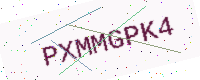
Text: PXMMGPK4